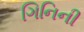
ગિનિની